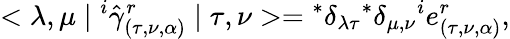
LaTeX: <\lambda,\mu\mid{}^{i}{\hat{\gamma}}_{(\tau,\nu,\alpha)}^{r}\mid\tau,\nu>={}^{*}\delta_{\lambda\tau}{}^{*}\delta_{\mu,\nu}{}^{i}e_{(\tau,\nu,\alpha)}^{r},